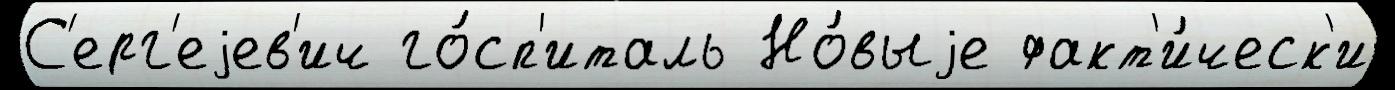
С'ерг'еjев'ич го́сп'италь Но́выjе факт'и́ческ'и